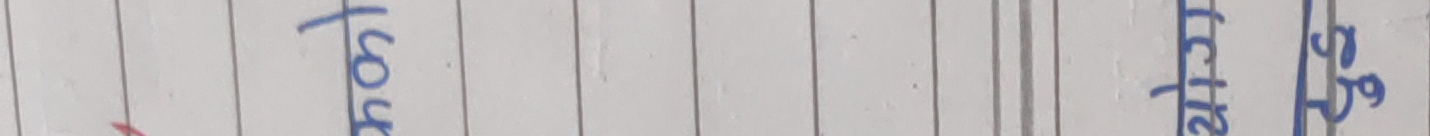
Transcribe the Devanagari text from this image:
शेष